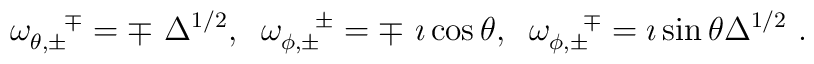
\omega_{\theta,\pm}^{~~~\mp}= \mp~\Delta^{1/2},\;\;\omega_{\phi,\pm}^{~~~\pm}= \mp~ \imath \cos{\theta},\;\; \omega_{\phi,\pm}^{~~~\mp}= \imath \sin{\theta}\Delta^{1/2}~.